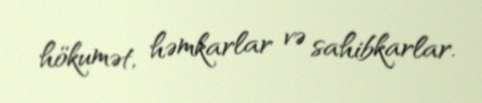
hökumət, həmkarlar və sahibkarlar.